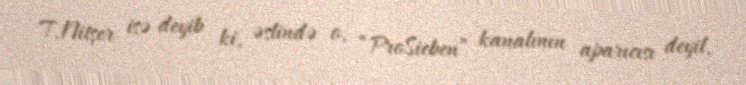
T.Nitşer isə deyib ki, əslində o, “ProSieben” kanalının aparıcısı deyil,